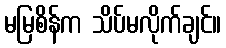
မမြစိန်က သိပ်မလိုက်ချင်။